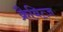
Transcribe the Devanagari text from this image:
क्रैवित्ज़